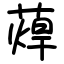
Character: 蔊